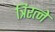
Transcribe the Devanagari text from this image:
त्रिरत्ने